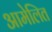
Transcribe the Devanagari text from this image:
आमेलित